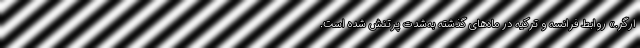
ارگر.» روابط فرانسه و ترکیه در ماه‌های گذشته به‌شدت پرتنش شده است.